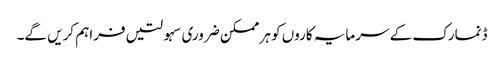
ڈنمارک کے سرمایہ کاروں کو ہر ممکن ضروری سہولتیں فراہم کریں گے۔